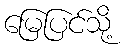
မြေပြင်သို့